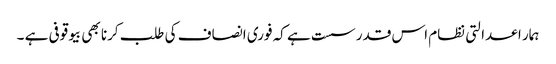
ہمار ا عدالتی نظام اس قدر سست ہے کہ فوری انصاف کی طلب کرنا بھی بیوقوفی ہے ۔